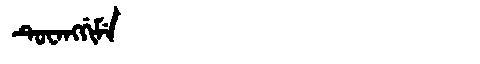
Manchu: ᡨᡠᠸᠠᠩᡤᡳᠮᡝ
Romanization: TUWANGGIME